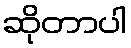
ဆိုတာပါ